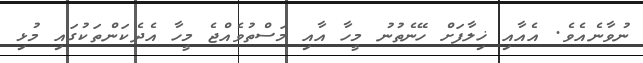
ނުވާނެއެވެ. އެއާއި ޚިލާފަށް ހޭނެތުނު މީހާ އާއި މަސްތުވެއްޖެ މީހާ އެދެކަންތަކުގައި މުޅި